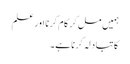
ہمیں مل کر کام کرنا اور علم
کا تبادلہ کرنا ہے۔